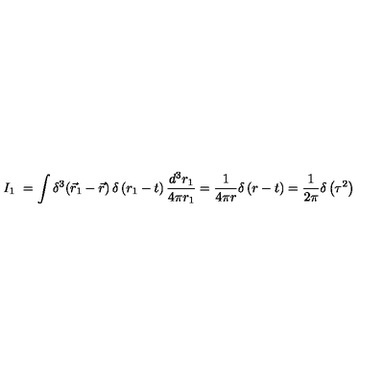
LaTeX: I _ { 1 } \ = \int \delta ^ { 3 } \! \left( { \vec { r } _ { 1 } - \vec { r } } \right) \delta \left( r _ { 1 } - t \right) \frac { d ^ { 3 } r _ { 1 } } { 4 \pi r _ { 1 } } = \frac { 1 } { 4 \pi r } \delta \left( r - t \right) = \frac { 1 } { 2 \pi } \delta \left( \tau ^ { 2 } \right)